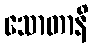
သောတာနိ